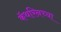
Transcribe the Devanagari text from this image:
कॅथरिनच्या